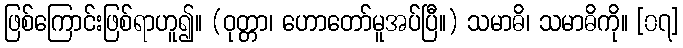
ဖြစ်ကြောင်းဖြစ်ရာဟူ၍။ (ဝုတ္တာ၊ ဟောတော်မူအပ်ပြီ။) သမာဓိ၊ သမာဓိကို။ [၀၇]